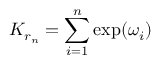
K _ { r _ { n } } = \sum _ { i = 1 } ^ { n } \exp ( \omega _ { i } )